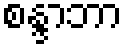
စန္ဒာဘာ